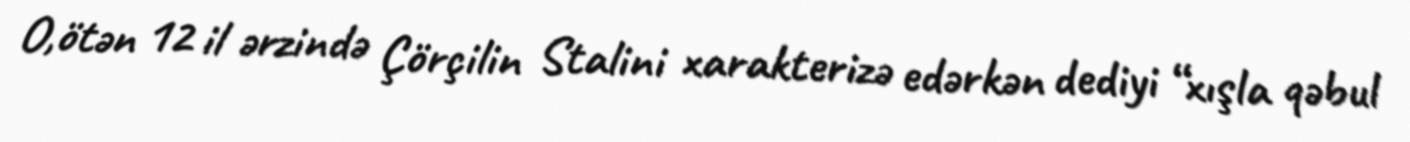
O,ötən 12 il ərzində Çörçilin Stalini xarakterizə edərkən dediyi “xışla qəbul